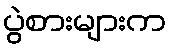
ပွဲစားများက